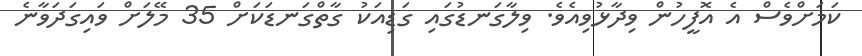
ކަމަށްވެސް އެ އޮފީހުން ވިދާޅުވިއެވެ. ވިލާގަނޑުގައި ގަޑިއަކު ގާތްގަނޑަކަށް 35 މޭލަށް ވައިގަދަވާނެ